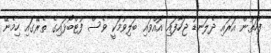
ފަހަތުން އަރައި ދެލަނޑު ޖަހާފައި އޮއްވައި ބަލިވުމަކީ ވެސް ފުޓްބޯޅައިގެ ތެރޭގައި ހިމެނޭ